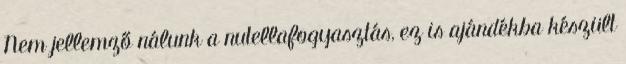
Nem jellemző nálunk a nutellafogyasztás, ez is ajándékba készült